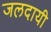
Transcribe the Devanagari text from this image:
जलदायी